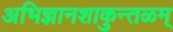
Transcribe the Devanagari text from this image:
अभिज्ञानशाकुन्तळम्